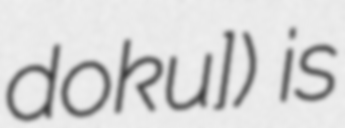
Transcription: dokuʁ]) is